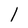
Character: l